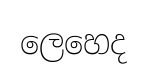
ලෙහෙද